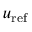
u _ { \mathrm { r e f } }